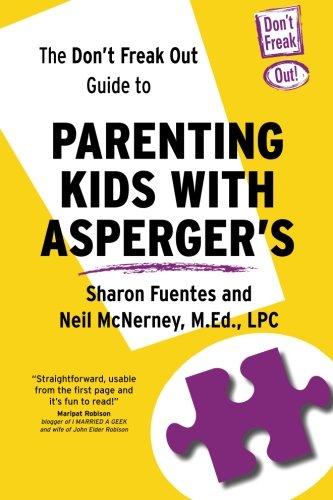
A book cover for The Don't Freak Out Guide To Parenting Kids With Asperger's; Sharon Fuentes; Education & Teaching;